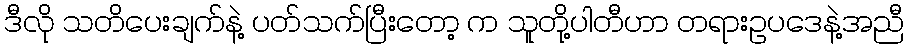
ဒီလို သတိပေးချက်နဲ့ ပတ်သက်ပြီးတော့ က သူတို့ပါတီဟာ တရားဥပဒေနဲ့အညီ